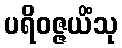
ပရိဝဇ္ဇယိံသု